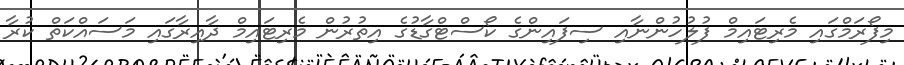
މިފޯރަމްގައި މެރިޓައިމް ފުލުހުންނާއި ސިފައިންގެ ކޯސްޓްގާޑުގެ އިތުރުން މެރިޓައިމް ދާއިރާގައި މަސައްކަތް ކުރާ